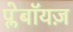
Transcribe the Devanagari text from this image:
प्लेबॉयज़